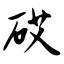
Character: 砹